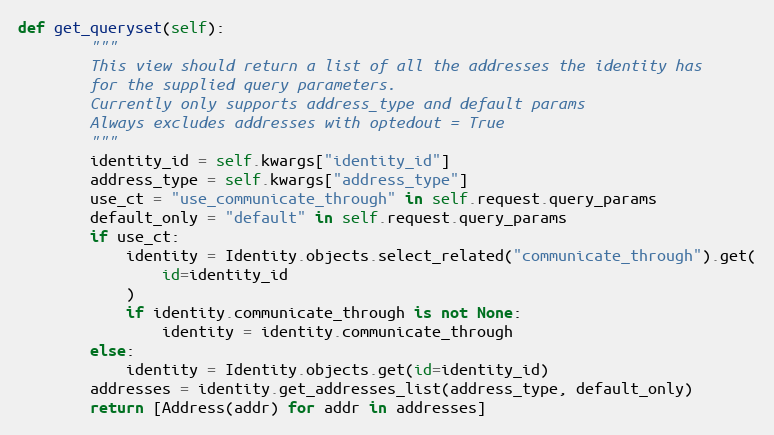
Language: Python
def get_queryset(self):
        """
        This view should return a list of all the addresses the identity has
        for the supplied query parameters.
        Currently only supports address_type and default params
        Always excludes addresses with optedout = True
        """
        identity_id = self.kwargs["identity_id"]
        address_type = self.kwargs["address_type"]
        use_ct = "use_communicate_through" in self.request.query_params
        default_only = "default" in self.request.query_params
        if use_ct:
            identity = Identity.objects.select_related("communicate_through").get(
                id=identity_id
            )
            if identity.communicate_through is not None:
                identity = identity.communicate_through
        else:
            identity = Identity.objects.get(id=identity_id)
        addresses = identity.get_addresses_list(address_type, default_only)
        return [Address(addr) for addr in addresses]